Report on sanitation, dispensaries, and jails in Rajputana for 1911, and on vaccination for the year 1911-1912 - 1911-1912
Year: 1911
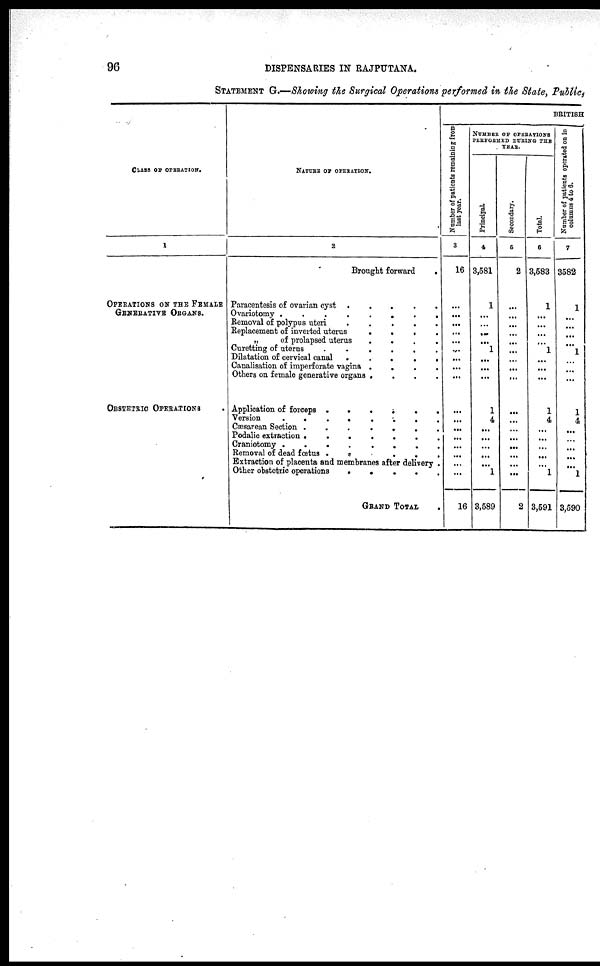
96
DISPENSARIES IN RAJPUTANA.
STATEMENT G.—Showing the Surgical Operations performed in the State, Public,
CLASS OF OPERATION.
1
OPERATIONS ON THE FEMALE
GENERATIVE ORGANS.
OBSTETRIC OPERATIONS
NATURE OF OPERATION.
2
Brought forward
.
Paracentesis of ovarian cyst .
.
.
.
.
Ovariotomy .
.
.
.
.
.
.
.
Removal of polypus uteri
.
.
.
.
.
Replacement of inverted uterus
.
.
.
.
„
of prolapsed uterus
.
.
.
.
Curetting of uterus
.
.
.
.
.
.
Dilatation of cervical canal .
.
.
.
.
Canalisation of imperforate vagina .
.
.
.
Others on female generative organs .
.
.
.
Application of forceps .
.
.
.
.
.
Version
.
.
.
.
.
.
.
.
Cæsarean Section .
.
.
.
.
.
.
Podalic extraction .
.
.
.
.
.
.
Craniotomy .
.
.
.
.
.
.
.
Removal of dead fœtus .
.
.
.
.
.
Extraction of placenta and membranes after delivery .
Other obstetric operations
.
.
.
.
.
GRAND TOTAL
BRITISH
Number of patients remaining from
last year.
3
16
...
...
...
...
...
...
...
...
...
...
...
...
...
...
...
...
...
16
NUMBER OF OPERATIONS
PERFORMED DURING THE
YEAR.
Principal.
4
3,581
1
...
...
...
...
1
...
...
...
1
4
...
...
...
...
...
1
3,589
Secondary.
5
2
...
...
...
...
...
...
...
...
...
...
...
...
...
...
...
...
...
2
Total.
6
3,583
1
...
...
...
...
1
...
...
...
1
4
...
...
...
...
...
1
3,591
Number of patients operated on in
columns 4 to 6.
7
3582
1
...
...
...
...
1
...
...
...
1
4
...
...
...
...
...
1
3,590